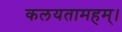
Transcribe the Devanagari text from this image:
कलयतामहम्।